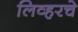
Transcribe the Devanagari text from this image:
लिव्हरचे